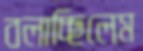
বলাচ্ছিলেম